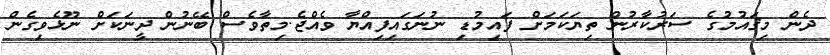
ދެން މިޤައުމުގެ ސަރުކާރުން ތިޔަކަމަށް ފައިމުޑި ނުނަގައިފިއްޔާ ވެއްޖެ.މިތާވެސް ބޭނުން ދީނަކަށް ނޫޅެވިގެން